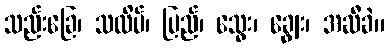
သည်းခြေ၊ သလိပ်၊ ပြည်၊ သွေး၊ ချွေး၊ အဆီခဲ။